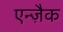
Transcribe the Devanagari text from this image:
एन्ज़ैक